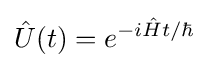
{\hat {U}}(t)=e^{-i{\hat {H}}t/\hbar }